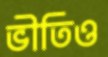
ভীতিও